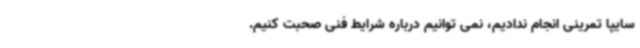
سایپا تمرینی انجام ندادیم، نمی توانیم درباره شرایط فنی صحبت کنیم.